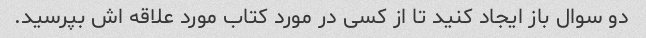
دو سوال باز ایجاد کنید تا از کسی در مورد کتاب مورد علاقه اش بپرسید.